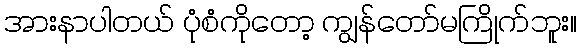
အားနာပါတယ် ပုံစံကိုတော့ ကျွန်တော်မကြိုက်ဘူး။